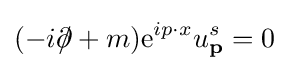
(-i\partial \!\!\!/+m)\mathrm {e} ^{ip\cdot x}u_{\textbf {p}}^{s}=0